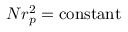
N r _ { p } ^ { 2 } = \mathrm { c o n s t a n t }